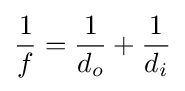
{\frac {1}{f}}={\frac {1}{d_{o}}}+{\frac {1}{d_{i}}}